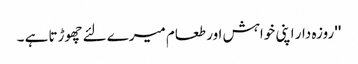
'' روزہ دار اپنی خواہش اور طعام میرے لئے چھوڑتا ہے ۔